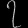
Digit: ၇